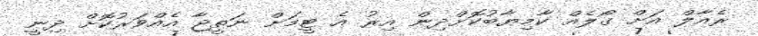
ރެއާލް އަށް ގޯލެއް ކާމިޔާބުކޮށްދިން އިރު އެ ޓީމަށް ނަތީޖާ އެއްވަރުކޮށް ދިނީ